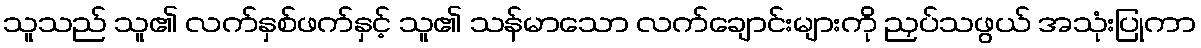
သူသည် သူ၏ လက်နှစ်ဖက်နှင့် သူ၏ သန်မာသော လက်ချောင်းများကို ညှပ်သဖွယ် အသုံးပြုကာ